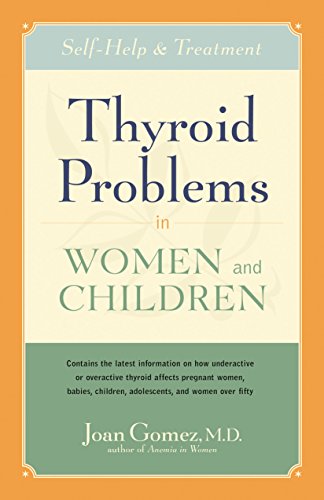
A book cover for Thyroid Problems in Women and Children: Self-Help and Treatment; M.D. Joan Gomez; Health, Fitness & Dieting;